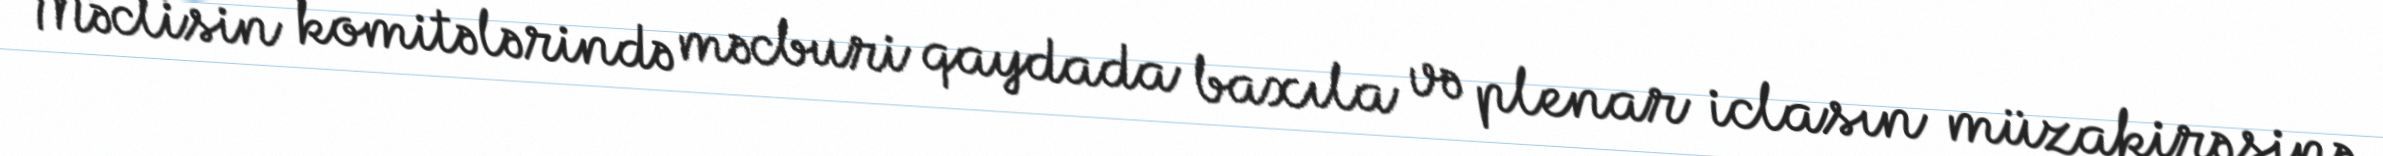
Məclisin komitələrində məcburi qaydada baxıla və plenar iclasın müzakirəsinə